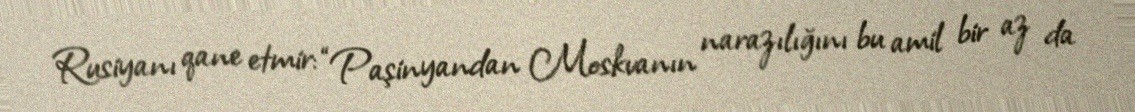
Rusiyanı qane etmir: “Paşinyandan Moskvanın narazılığını bu amil bir az da